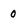
Character: 0